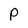
Character: P